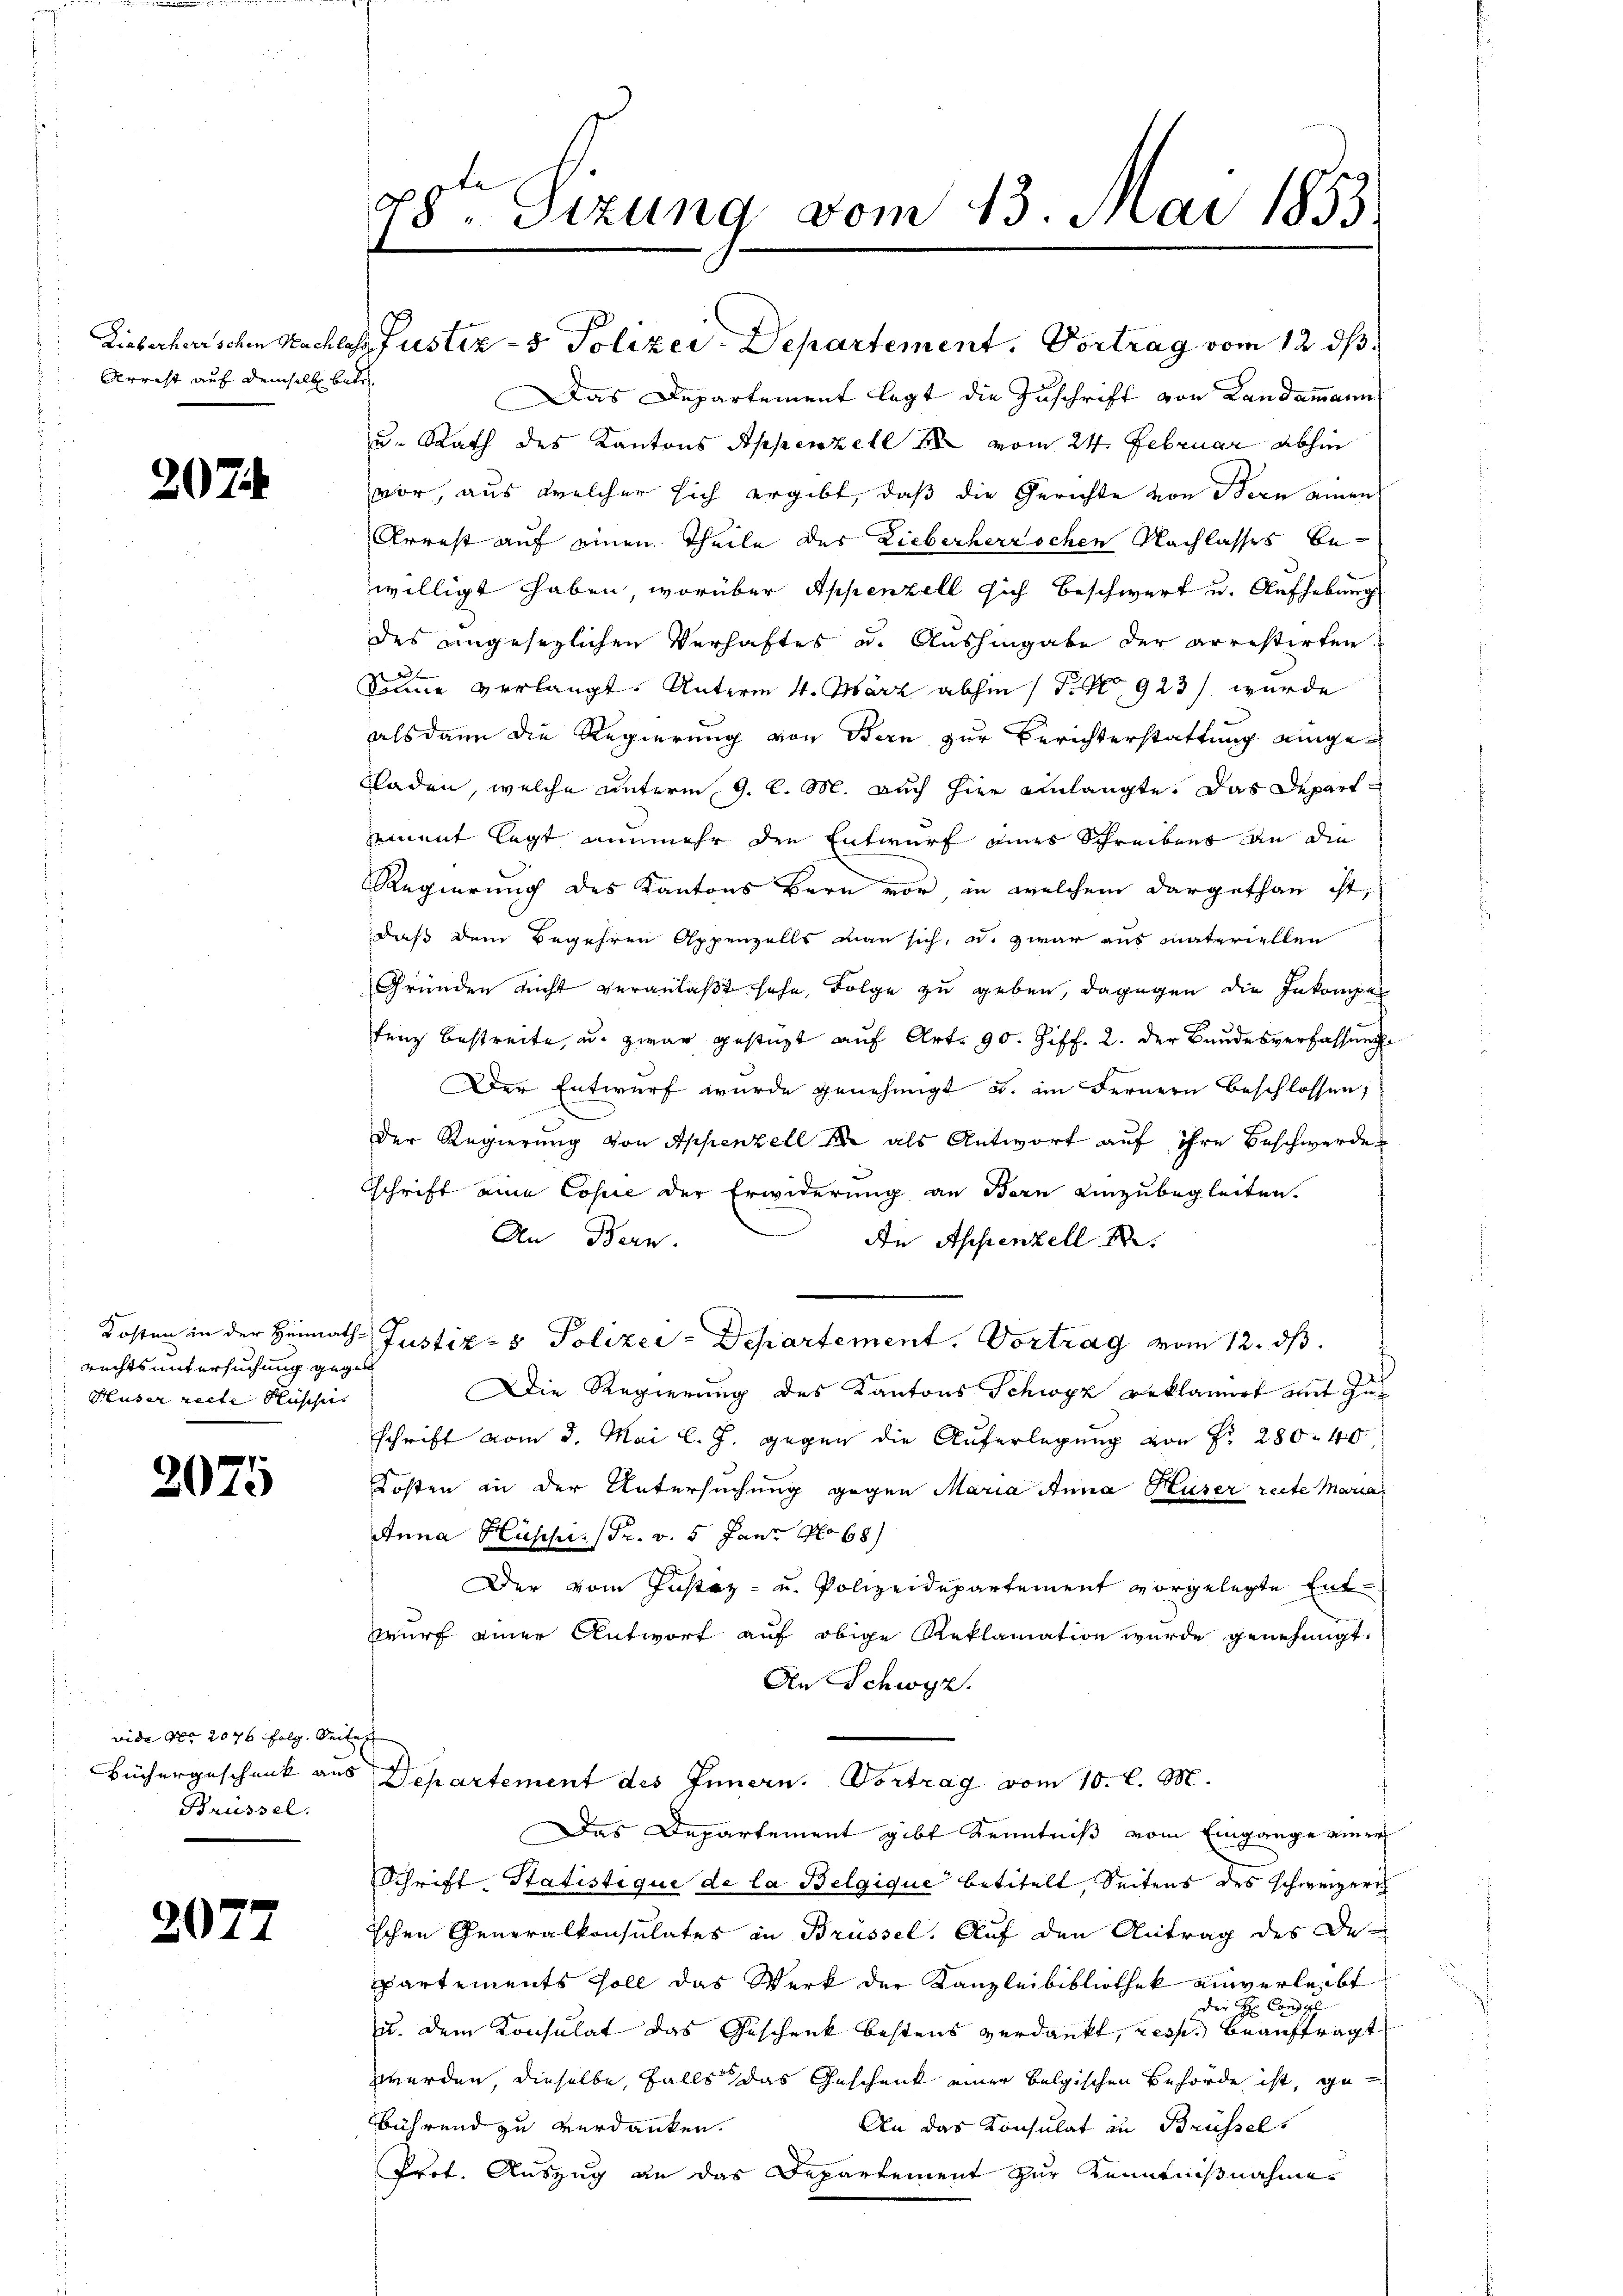
Arrest auf demselbe betr.

207

rechts untersuchung gegen
Huser recte Rüsche |

2075

vide Nr. 2076 folg. Seite
Brüssel.

2077

78ten Sizung vom 13. Mai 1853.

Lieberharschen Nachlass Justiz- & Polizei Departement. Vortrag vom 12. ds.
Das Departement legt die Zuschrift von Landammann
u. Rath des Kantons Appenzell u vom 24. Februar abhin
vor, aus welcher sich ergibt, daß die Gerichte von Stern einen
Arrest auf einen Theile des Lieberherrschen Nachlasses Bewilligt haben, worüber Appenzell sich beschwert u. Aufhebung
des ungesezlichen Verhaftes u. Aushingabe der arrestirten.
Summe verlangt. Unterm 4. März abhin 1. No 923 wurde
als dann die Regierung von Bern zur Berichterstattung einge¬
Eladen, welche unterm 9. l. M. auch hier einlangte. Das Departemnent legt nunmehr den Entwurf eines Schreibens an die
Regierung des Kantons Bern vor, in welchem dargethan ist,
daß dem Begehren Appenzells man sich, u. zwar aus Materiellen
Gründen nicht veranlaßt sehe, Folge zu geben, dagegen die Inkomper
x
tenz bestreite, u. zwar gestüzt auf Art. 90. Ziff. 2. der Bundesverfassung
Der Entwurf wurde genehmigt u. im Fernern beschlossen;
Der Regierung von Appenzell er als Antwort auf ihre Beschwerde
schrift eine Copie der Erwiderung an Bern einzubegleiten.
An Bern.
An Appenzell I.
Kosten in der Heimath Justiz- & Polizei-Departement. Vortrag vom 12. ds.
Die Regierung des Kantons Schwyz geklamirt mit Inschrift vom 3. Mai l. J. gegen die Auferlegung von Fr. 280. 40
Kosten in der Untersuchung gegen Maria Anna Huser recte Maria
Anna Hüschi/Pr. v. 5. Janz No 68)
Der vom Instiz- u. Polizeidepartement vorgelegte Ent-
wurf einer Antwort auf obige Reklamation wurde genehmigt.
An Schwyz.
Büchergeschenk aus Departement des Innern. Vortrag vom 10. l. M.
Das Departement gibt Kenntniß vom Eingange einer
Schrift. Statistique de la Belgique betitelt, Seitens des schweizerich
ichen Generalkonsulates in Brüssel. Auf den Antrag des Departements soll das Werk der Kanzleibibliothek einverleibt
Der H: Consp
u. dem Konsulat das Geschenk bestens verdankt, resp. beauftragt,
zwerden, dieselbe, falls das Geschenk einer belgischen Behörde ist, geührend zu verdanken.
An das Konsulat in Brüssel
Prot. Auszug an das Departement zur Kenntnißnahme